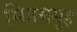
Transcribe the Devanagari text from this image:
मित्रसमूह